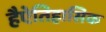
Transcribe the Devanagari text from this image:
हैऐतिहासिक